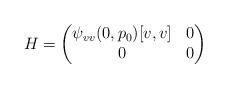
LaTeX: \begin{align*}H = \begin{pmatrix}\psi_{vv}(0,p_0)[v,v]& 0\\ 0&0\end{pmatrix}\end{align*}